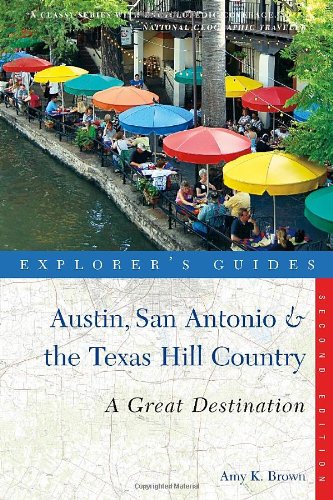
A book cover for Explorer's Guide Austin, San Antonio & the Texas Hill Country: A Great Destination (Second Edition)  (Explorer's Great Destinations); Amy K. Brown; Travel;